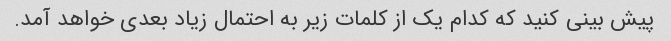
پیش بینی کنید که کدام یک از کلمات زیر به احتمال زیاد بعدی خواهد آمد.